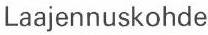
Laajennuskohde